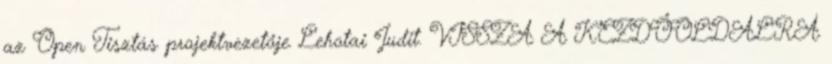
az Open Tisztás projektvezetője Lehotai Judit. VISSZA A KEZDŐOLDALRA